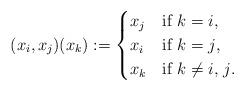
LaTeX: \begin{align*}\begin{matrix}(x_{i},x_{j})(x_{k}):=\begin{cases} x_{j} & \mbox{if $k=i$,} \\ x_{i} & \mbox{if $k=j$,} \\ x_{k} & \mbox{if $k\neq i,$ $j$.} \end{cases}\end{matrix}\end{align*}